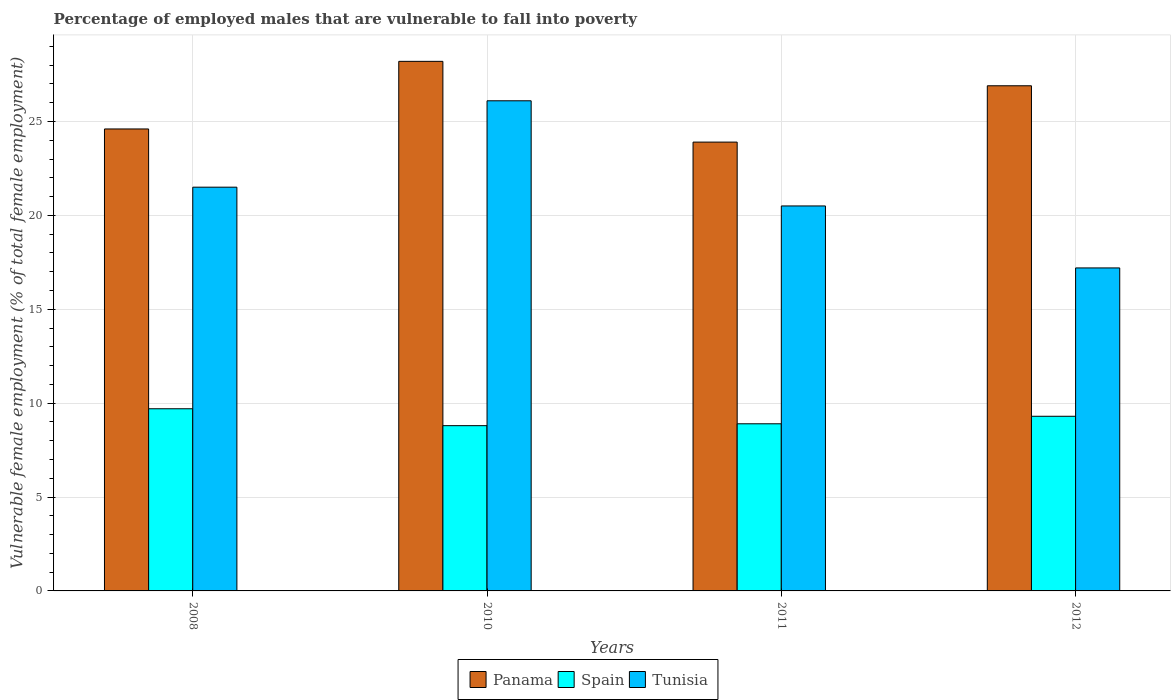
| Years | Panama | Spain | Tunisia |
 | --- | --- | --- | --- |
 | 2008 | 24.6 | 9.7 | 21.5 |
 | 2010 | 28.2 | 8.8 | 26.1 |
 | 2011 | 23.9 | 8.9 | 20.5 |
 | 2012 | 26.9 | 9.3 | 17.2 |